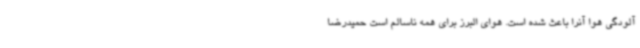
آلودگی هوا آنرا باعث شده است. هوای البرز برای همه ناسالم است حمیدرضا